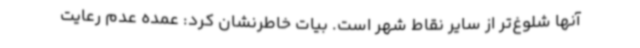
آنها شلوغ‌تر از سایر نقاط شهر است. بیات خاطرنشان کرد: عمده عدم رعایت